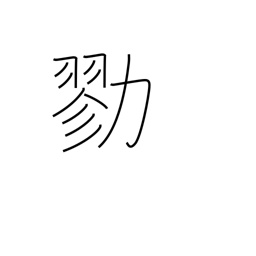
Meaning: join forces